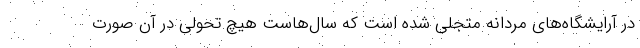
در آرایشگاه‌های مردانه متجلی شده است که سال‌هاست هیچ تحولی در آن صورت